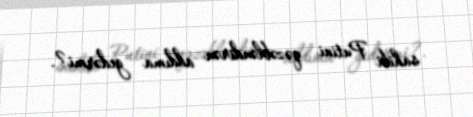
sahibi Putini qəzəbləndirən addıma gedərmi?.